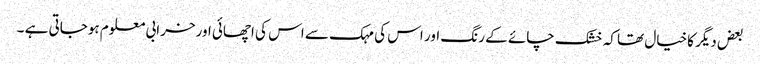
بعض دیگر کاخیال تھا کہ خشک چائے کے رنگ اور اس کی مہک سے اس کی اچھائی اورخرابی معلوم ہوجاتی ہے ۔